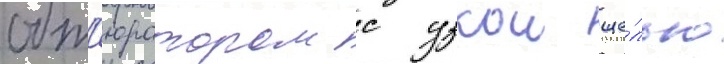
обт'юратором с узкои ще́лью